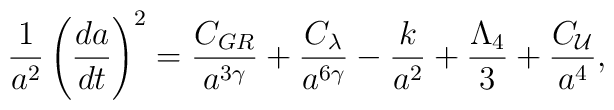
\frac{1}{a^2} \left( \frac{da}{dt} \right)^2 =\frac{C_{GR}}{a^{3\gamma}} + \frac{C_{\lambda}}{a^{6\gamma}} -\frac{k}{a^2} + \frac{\Lambda_4}{3} + \frac{C_{\cal U}}{a^4} ,